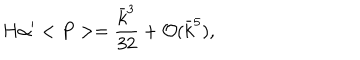
H \alpha ^ { \prime } < P > = \frac { \bar { k } ^ { 3 } } { 3 2 } + { \cal O } ( \bar { k } ^ { 5 } ) ,